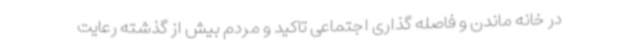
در خانه ماندن و فاصله گذاری اجتماعی تاکید و مردم بیش از گذشته رعایت